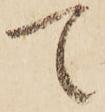
て